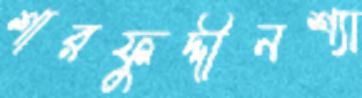
শারফুদ্দীনশ্যা